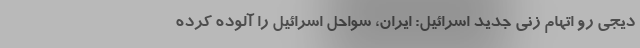
دیجی رو اتهام زنی جدید اسرائیل: ایران، سواحل اسرائیل را آلوده کرده